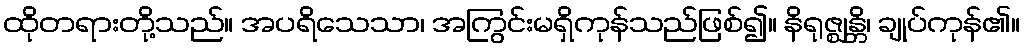
ထိုတရားတို့သည်။ အပရိသေသာ၊ အကြွင်းမရှိကုန်သည်ဖြစ်၍။ နိရုဇ္ဈန္တိ၊ ချုပ်ကုန်၏။